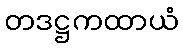
တဒဋ္ဌကထာယံ